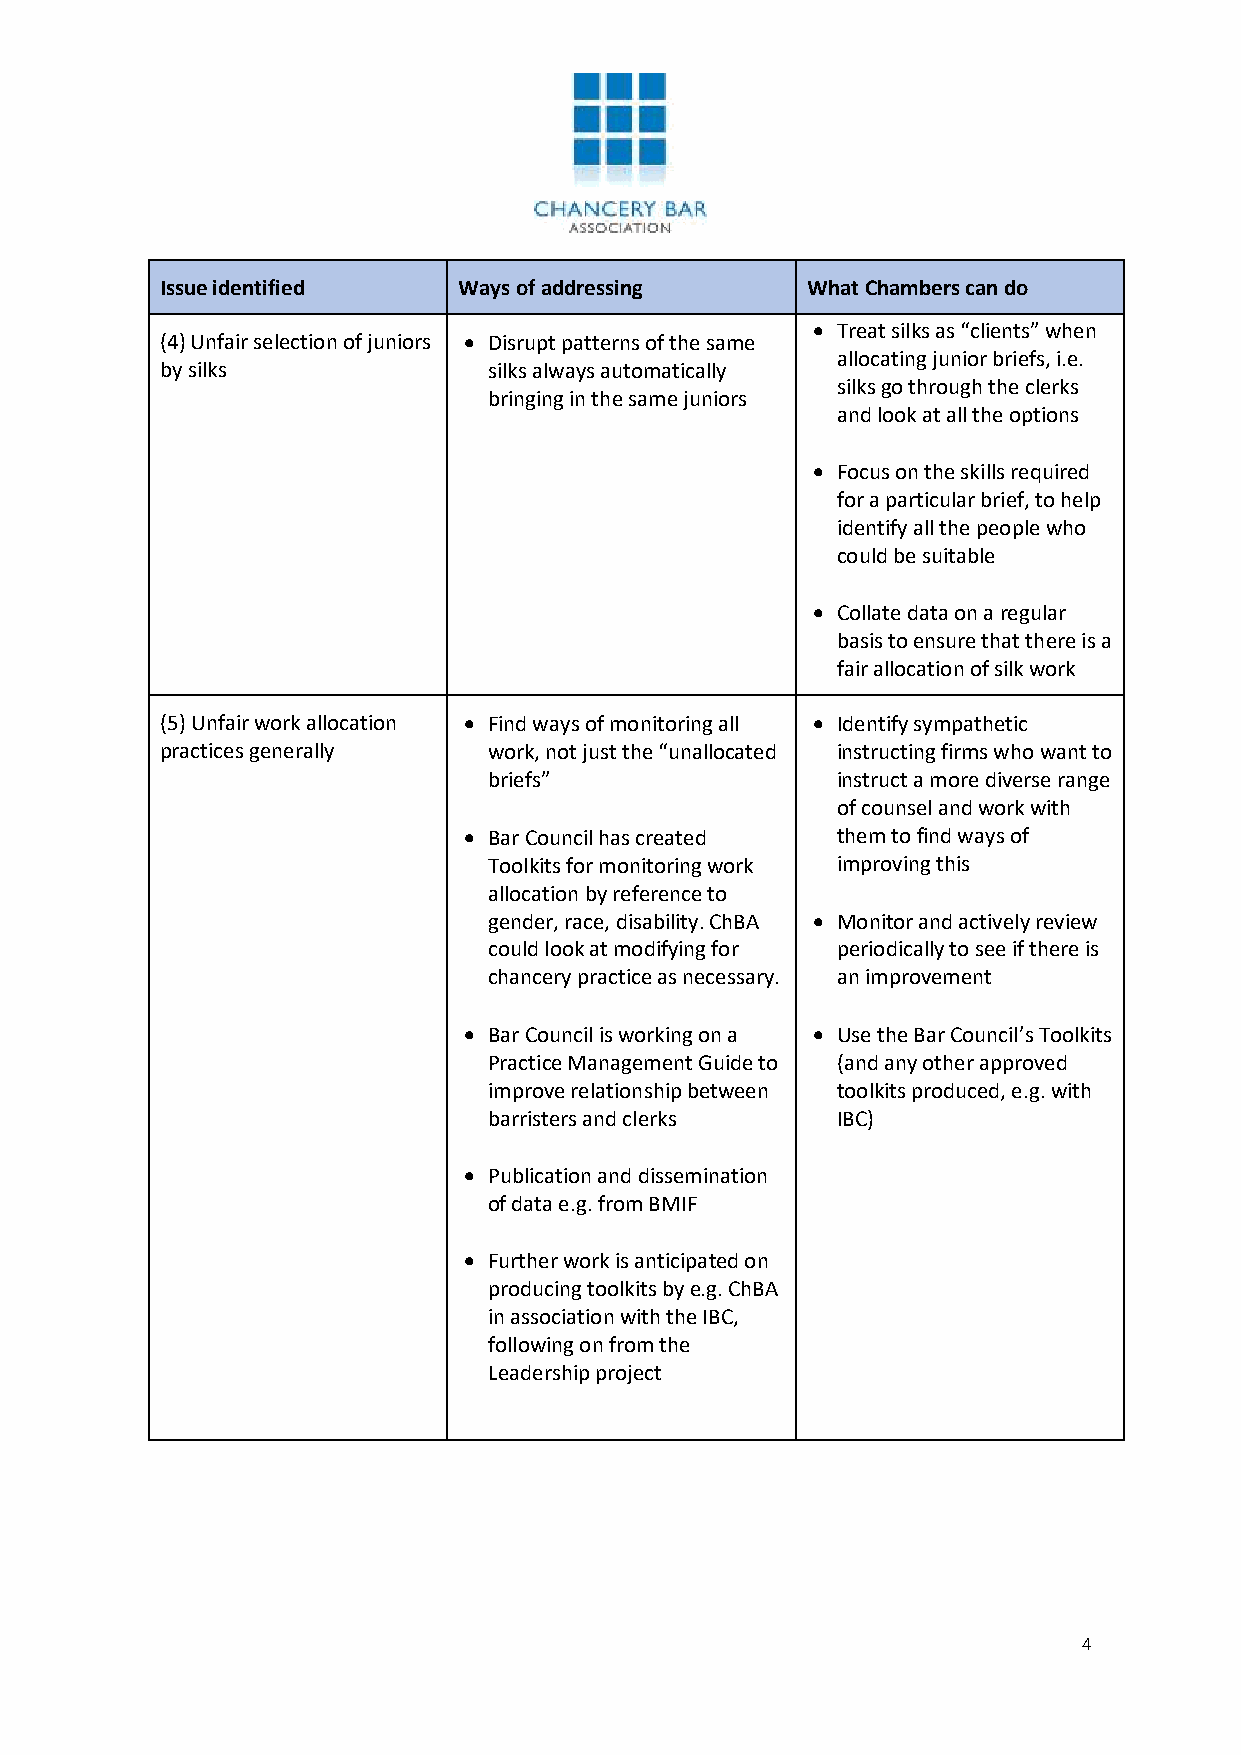
Issue identified   Ways of addressing     What Chambers can do
 • Treat silks as “clients” when
 (4) Unfair selection of juniors • Disrupt patterns of the same
 allocating junior briefs, i.e.
 by silks             silks always automatically
 silks go through the clerks
 bringing in the same juniors
 and look at all the options
 • Focus on the skills required
 for a particular brief, to help
 identify all the people who
 could be suitable
 • Collate data on a regular
 basis to ensure that there is a
 fair allocation of silk work
 (5) Unfair work allocation • Find ways of monitoring all • Identify sympathetic
 practices generally  work, not just the “unallocated instructing firms who want to
 briefs”                instruct a more diverse range
 of counsel and work with
 • Bar Council has created them to find ways of
 Toolkits for monitoring work improving this
 allocation by reference to
 gender, race, disability. ChBA • Monitor and actively review
 could look at modifying for periodically to see if there is
 chancery practice as necessary. an improvement
 • Bar Council is working on a • Use the Bar Council’s Toolkits
 Practice Management Guide to (and any other approved
 improve relationship between toolkits produced, e.g. with
 barristers and clerks  IBC)
 • Publication and dissemination
 of data e.g. from BMIF
 • Further work is anticipated on
 producing toolkits by e.g. ChBA
 in association with the IBC,
 following on from the
 Leadership project
 4